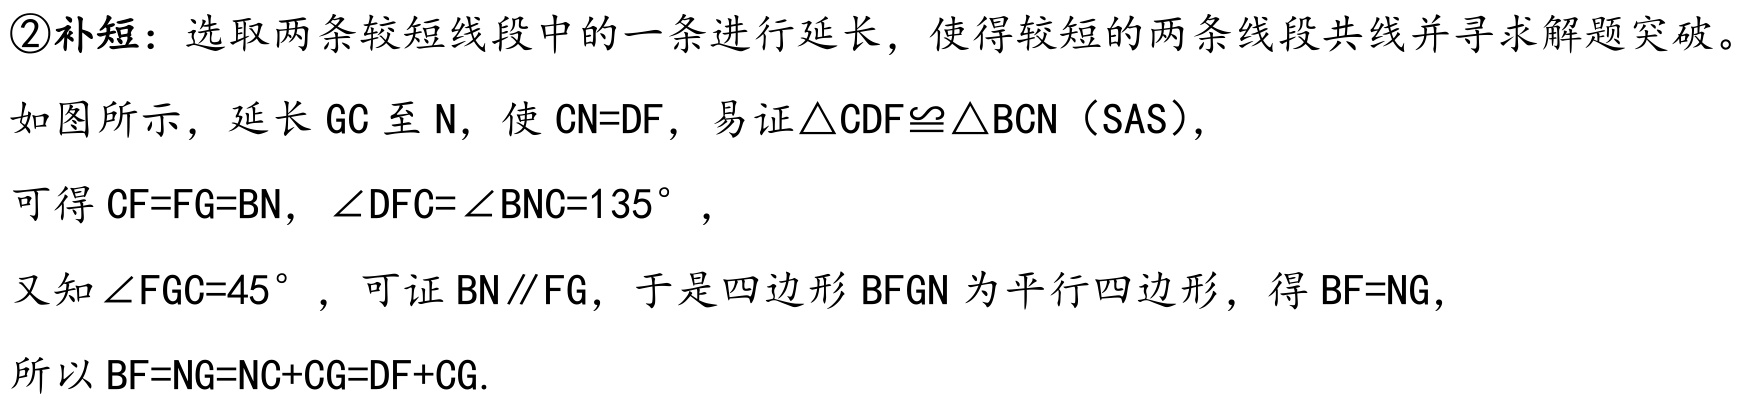
\textcircled{2}补短：选取两条较短线段中的一条进行延长，使得较短的两条线段共线并寻求解题突破。
如图所示，延长 \(GC\) 至 \(N\)，使 \(CN = DF\)，易证 \(\triangle CDF\cong\triangle BCN\)（SAS），
可得 \(CF = FG = BN\)，\(\angle DFC=\angle BNC = 135^{\circ}\)，
又知 \(\angle FGC = 45^{\circ}\)，可证 \(BN\parallel FG\)，于是四边形 \(BFGN\) 为平行四边形，得 \(BF = NG\)，
所以 \(BF = NG=NC + CG=DF + CG\)。